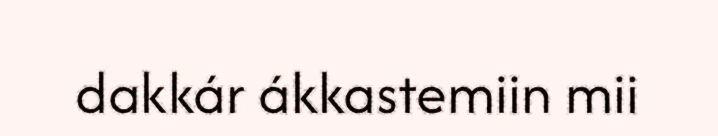
dakkár ákkastemiin mii